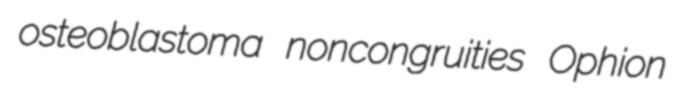
osteoblastoma noncongruities Ophion